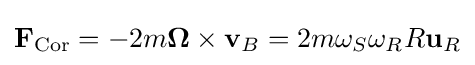
\mathbf {F} _{\mathrm {Cor} }=-2m{\boldsymbol {\Omega }}\times \mathbf {v} _{B}=2m\omega _{S}\omega _{R}R\mathbf {u} _{R}